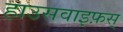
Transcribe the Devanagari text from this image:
हाउसवाइफ़स्